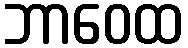
ဘာဝေထ